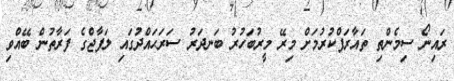
ރައިނޯ ސިމެންތި ތައާރަފްކުރުމަށް މިރޭ މީރުބަހުރު ބަނދަރު ސަރަޙައްދުގައި ލަފާޖްގެ ފަރާތުން ބޭއްވި